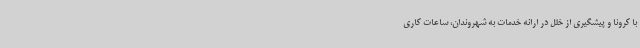
با کرونا و پیشگیری از خلل در ارائه خدمات به شهروندان، ساعات کاری